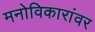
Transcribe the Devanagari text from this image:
मनोविकारांवर